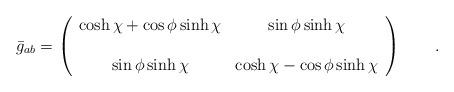
LaTeX: \begin{align*}\bar{g}_{ab}=\left (\begin{array}{cc}\displaystyle{\cosh\chi+\cos\phi\sinh\chi}&\displaystyle{\sin\phi\sinh\chi}\\\\\displaystyle{\sin\phi\sinh\chi} &\displaystyle{\cosh\chi-\cos\phi\sinh\chi}\end{array}\right)\qquad .\end{align*}